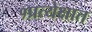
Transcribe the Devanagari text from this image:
१प्रत्येक्षात